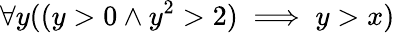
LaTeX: \forall y((y>0\land y^{2}>2)\implies y>x)